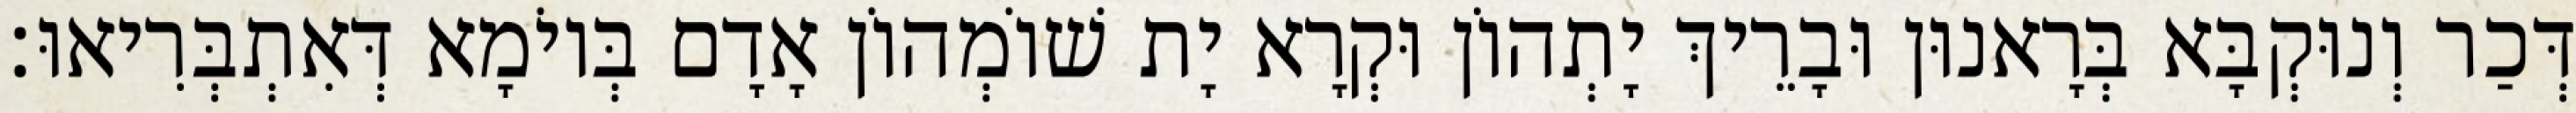
דְּכַר וְנוּקְבָּא בְּרָאנוּן וּבָרֵיךְ יָתְהוֹן וּקְרָא יָת שׁוֹמְהוֹן אָדָם בְּיוֹמָא דְּאִתְבְּרִיאוּ׃